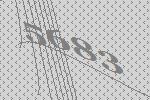
5683